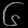
Digit: ၆